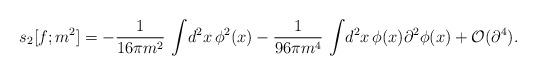
LaTeX: \begin{align*}s_{2}[f;m^{2}]=-{1\over 16\pi m^{2}}\,\int\! d^{2}x\,\phi ^{2}(x) -{1\over 96\pi m^{4}}\,\int\! d^{2}x\, \phi(x)\partial^{2}\phi(x) +{\cal O}(\partial ^{4}).\end{align*}